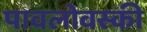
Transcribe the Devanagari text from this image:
पावलोवस्की